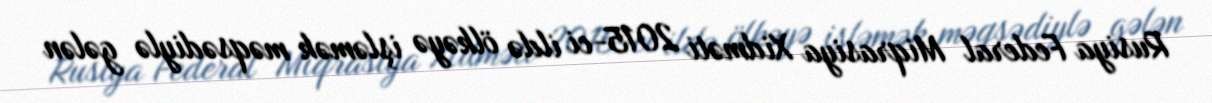
Rusiya Federal Miqrasiya Xidməti 2015-ci ildə ölkəyə işləmək məqsədiylə gələn